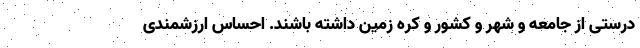
درستی از جامعه و شهر و کشور و کره زمین داشته باشند. احساس ارزشمندی